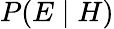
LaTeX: \textstyle P(E\mid H)